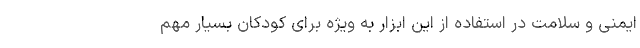
ایمنی و سلامت در استفاده از این ابزار به ویژه برای کودکان بسیار مهم